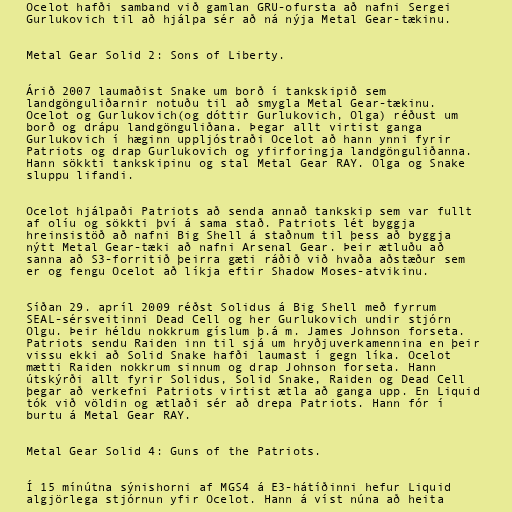
Ocelot hafði samband við gamlan GRU-ofursta að nafni Sergei
Gurlukovich til að hjálpa sér að ná nýja Metal Gear-tækinu.

Metal Gear Solid 2: Sons of Liberty.

Árið 2007 laumaðist Snake um borð í tankskipið sem
landgönguliðarnir notuðu til að smygla Metal Gear-tækinu.
Ocelot og Gurlukovich(og dóttir Gurlukovich, Olga) réðust um
borð og drápu landgönguliðana. Þegar allt virtist ganga
Gurlukovich í hæginn uppljóstraði Ocelot að hann ynni fyrir
Patriots og drap Gurlukovich og yfirforingja landgönguliðanna.
Hann sökkti tankskipinu og stal Metal Gear RAY. Olga og Snake
sluppu lifandi.

Ocelot hjálpaði Patriots að senda annað tankskip sem var fullt
af olíu og sökkti því á sama stað. Patriots lét byggja
hreinsistöð að nafni Big Shell á staðnum til þess að byggja
nýtt Metal Gear-tæki að nafni Arsenal Gear. Þeir ætluðu að
sanna að S3-forritið þeirra gæti ráðið við hvaða aðstæður sem
er og fengu Ocelot að líkja eftir Shadow Moses-atvikinu.

Síðan 29. apríl 2009 réðst Solidus á Big Shell með fyrrum
SEAL-sérsveitinni Dead Cell og her Gurlukovich undir stjórn
Olgu. Þeir héldu nokkrum gíslum þ.á m. James Johnson forseta.
Patriots sendu Raiden inn til sjá um hryðjuverkamennina en þeir
vissu ekki að Solid Snake hafði laumast í gegn líka. Ocelot
mætti Raiden nokkrum sinnum og drap Johnson forseta. Hann
útskýrði allt fyrir Solidus, Solid Snake, Raiden og Dead Cell
þegar að verkefni Patriots virtist ætla að ganga upp. En Liquid
tók við völdin og ætlaði sér að drepa Patriots. Hann fór í
burtu á Metal Gear RAY.

Metal Gear Solid 4: Guns of the Patriots.

Í 15 mínútna sýnishorni af MGS4 á E3-hátíðinni hefur Liquid
algjörlega stjórnun yfir Ocelot. Hann á víst núna að heita